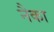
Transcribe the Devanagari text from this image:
नैका